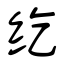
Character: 纥